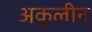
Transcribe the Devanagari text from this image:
अकुलीन